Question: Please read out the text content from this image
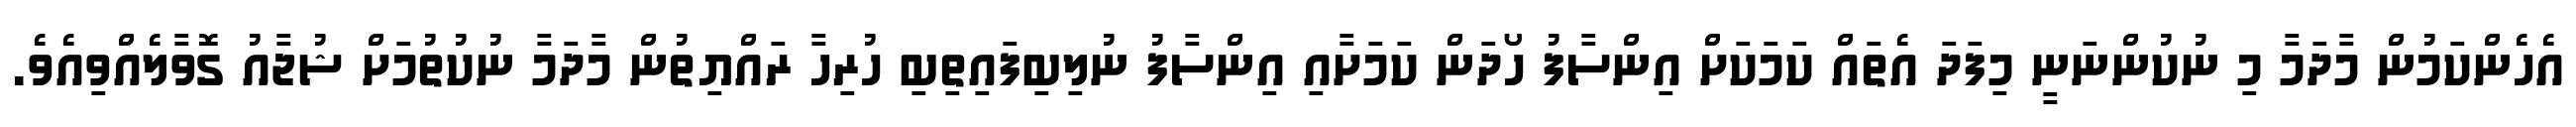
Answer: އެހެންކަމުން މާދަމާ މި ނުކުންނަނީ މިފަދަ އެތައް ކަމަކަށް އިންސާފު ހޯދަން ކަމަށާއި އިންސާފު ނުލިބިފައިތިބި ހުރިހާ ރައްޔިތުން މާދަމާ ނުކުތުމަށް ޝުޖާއު ގޮވާލެއްވިއެވެ.